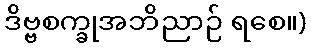
ဒိဗ္ဗစက္ခုအဘိညာဉ် ရစေ။)